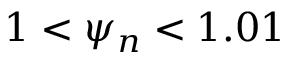
1 < \psi _ { n } < 1 . 0 1